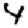
Digit: 4